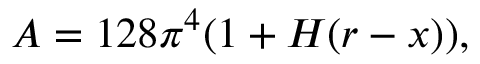
{ \cal A } = 1 2 8 \pi ^ { 4 } ( 1 + H ( r - x ) ) ,